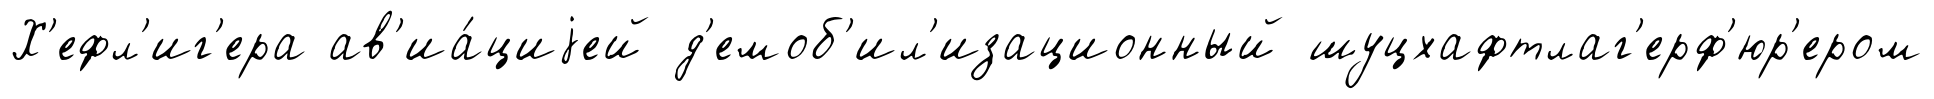
Х'ефл'иг'ера ав'иа́циjей д'емоб'ил'изационный шуцхафтлаг'ерф'юр'ером